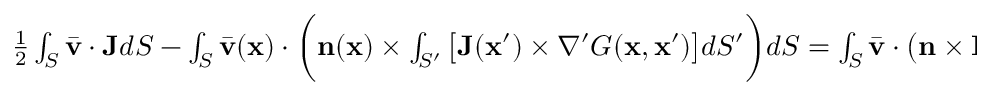
\begin{array} { r } { \frac { 1 } { 2 } \int _ { S } \bar { \mathbf { v } } \cdot \mathbf { J } d S - \int _ { S } \bar { \mathbf { v } } ( \mathbf { x } ) \cdot \bigg ( \mathbf { n } ( \mathbf { x } ) \times \int _ { S ^ { \prime } } \big [ \mathbf { J } ( \mathbf { x } ^ { \prime } ) \times \nabla ^ { \prime } G ( \mathbf { x } , \mathbf { x } ^ { \prime } ) \big ] d S ^ { \prime } \bigg ) d S = \int _ { S } \bar { \mathbf { v } } \cdot \big ( \mathbf { n } \times \mathbf { H } ^ { \mathcal { I } } \big ) d S } \end{array}